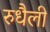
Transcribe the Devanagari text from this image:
रुधैली